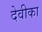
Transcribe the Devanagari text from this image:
देवीका